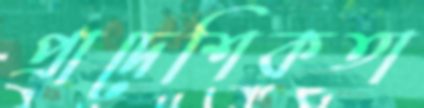
প্রাদেশিকতা